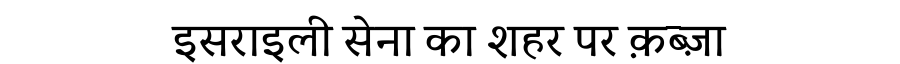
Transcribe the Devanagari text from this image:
इसराइली सेना का शहर पर क़ब्ज़ा